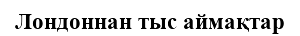
Лондоннан тыс аймақтар